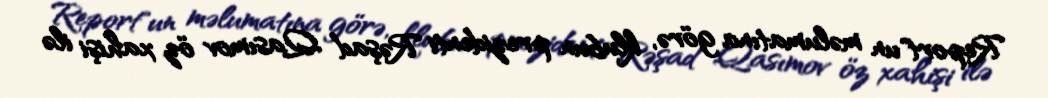
Report"un məlumatına görə, klubun prezidenti Rəşad Qasımov öz xahişi ilə